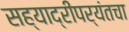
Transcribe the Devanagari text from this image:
सह्याद्रीपर्यंतचा